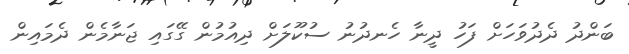
ބަންދު ދެދުވަހަށް ފަހު ދީނާ ހެނދުނު ސުކޫލަށް ދިއުމުން ގޭގައި ޖަނާމެން ދެމައިން